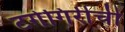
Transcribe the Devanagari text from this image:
टगेगिरीची